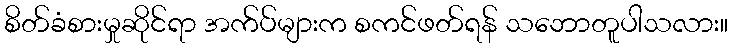
စိတ်ခံစားမှုဆိုင်ရာ အက်ပ်များက စကင်ဖတ်ရန် သဘောတူပါသလား။